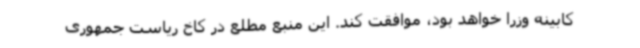
کابینه وزرا خواهد بود، موافقت کند. این منبع مطلع در کاخ ریاست جمهوری